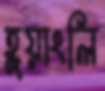
হুয়াংলি